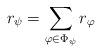
LaTeX: \begin{align*}r_{\psi} = \sum_{\varphi \in \Phi_{\psi}} r_{\varphi}\end{align*}